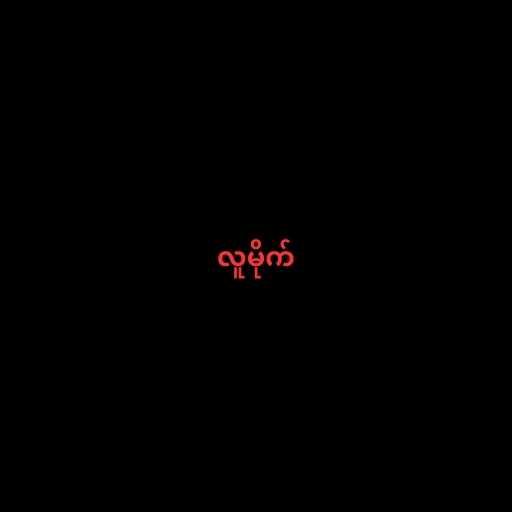
လူမိုက်